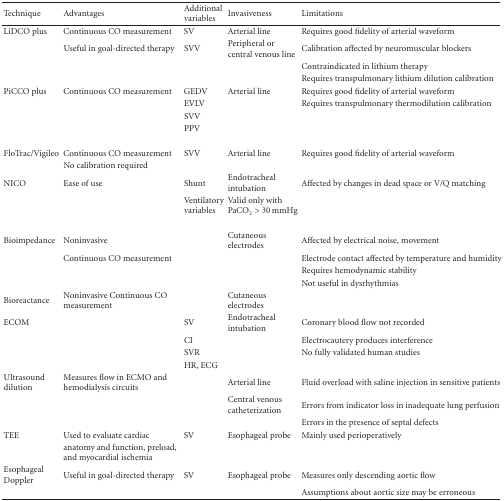
| Technique | Advantages | Additional variables | Invasiveness | Limitations |
 | --- | --- | --- | --- | --- |
 | LiDCO plus | Continuous CO measurement | SV | Arterial line | Requires good fidelity of arterial waveform |
 |  | Useful in goal-directed therapy | SVV | Peripheral or central venous line | Calibration affected by neuromuscular blockers |
 |  |  |  |  | Contraindicated in lithium therapy |
 |  |  |  |  | Requires transpulmonary lithium dilution calibration |
 | PiCCO plus | Continuous CO measurement | GEDV | Arterial line | Requires good fidelity of arterial waveform |
 |  |  | EVLV |  | Requires transpulmonary thermodilution calibration |
 |  |  | SVV |  |  |
 |  |  | PPV |  |  |
 | FloTrac/Vigileo | Continuous CO measurement | SVV | Arterial line | Requires good fidelity of arterial waveform |
 |  | No calibration required |  |  |  |
 | NICO | Ease of use | Shunt | Endotracheal intubation | Affected by changes in dead space or V/Q matching |
 |  |  | Ventilatory variables | Valid only with PaCO2 > 30 mmHg |  |
 | Bioimpedance | Noninvasive |  | Cutaneous electrodes | Affected by electrical noise, movement |
 |  | Continuous CO measurement |  |  | Electrode contact affected by temperature and humidity |
 |  |  |  |  | Requires hemodynamic stability |
 |  |  |  |  | Not useful in dysrhythmias |
 | Bioreactance | Noninvasive Continuous CO measurement |  | Cutaneous electrodes |  |
 | ECOM |  | SV | Endotracheal intubation | Coronary blood flow not recorded |
 |  |  | CI |  | Electrocautery produces interference |
 |  |  | SVR |  | No fully validated human studies |
 |  |  | HR, ECG |  |  |
 | Ultrasound dilution | Measures flow in ECMO and hemodialysis circuits |  | Arterial line | Fluid overload with saline injection in sensitive patients |
 |  |  |  | Central venous catheterization | Errors from indicator loss in inadequate lung perfusion |
 |  |  |  |  | Errors in the presence of septal defects |
 | TEE | Used to evaluate cardiac | SV | Esophageal probe | Mainly used perioperatively |
 |  | anatomy and function, preload, and myocardial ischemia |  |  |  |
 | Esophageal Doppler | Useful in goal-directed therapy | SV | Esophageal probe | Measures only descending aortic flow |
 |  |  |  |  | Assumptions about aortic size may be erroneous |